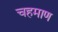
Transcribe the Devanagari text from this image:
चहमाण